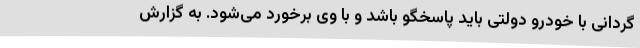
گردانی با خودرو دولتی باید پاسخگو باشد و با وی برخورد می‌شود. به گزارش